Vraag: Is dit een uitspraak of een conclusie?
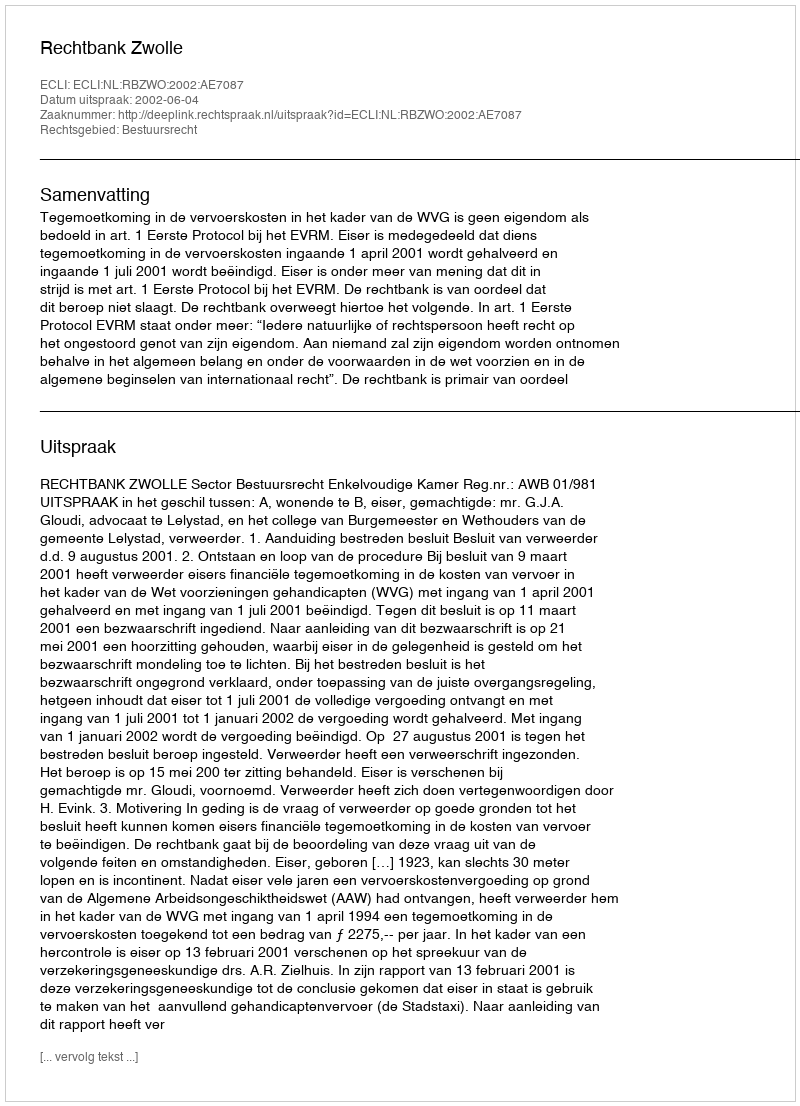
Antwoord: Uitspraak